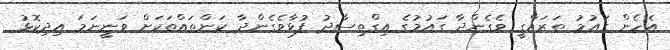
އެހެން ގައުމު ތަރައްގީ ވެގެންދާ ގައުމުގެ އިގްތިސާދު ފުޅާވެގެންދާ ކަންތައްތަކަށް ވަނީނަމަ އިދިކޮޅު